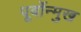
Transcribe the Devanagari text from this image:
पूर्वोन्मुख